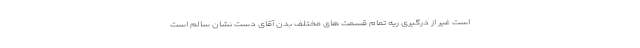
است غیر از درگیری ریه تمام قسمت های مختلف بدن آقای دست نشان سالم است